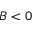
B < 0